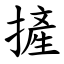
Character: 摌